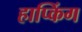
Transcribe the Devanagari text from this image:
हाप्किंग